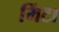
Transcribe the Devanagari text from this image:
मिंटा